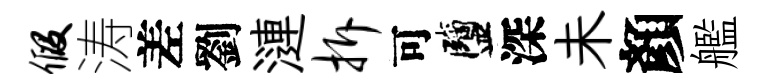
假涛差劉漣拆可鹽深未顏艦